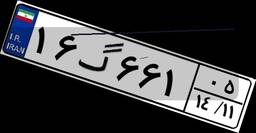
۱۶گ۶۶۱۰۵